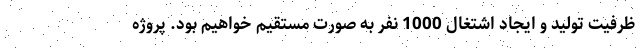
ظرفيت توليد و ايجاد اشتغال 1000 نفر به صورت مستقيم خواهيم بود. پروژه